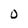
Character: O